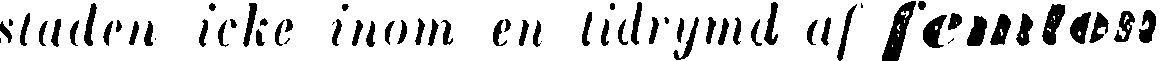
staden icke inom en tidrymd af femton